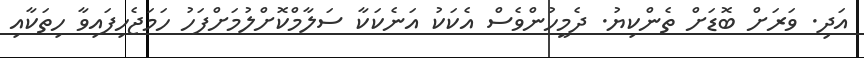
އަދި. ވަރަށް ބޮޑަށް ތެންކިޔު. ދެމީހުންވެސް އެކަކު އަނެކަކާ ސަލާމްކޮށްލުމަށްފަހު ހަމަޖެހިފައިވާ ހިތަކާއި